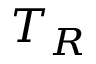
T _ { R }